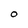
Character: O